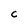
Character: C